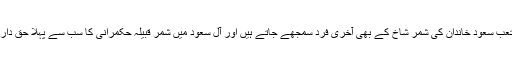
شہزادہ متعب سعود خاندان کی شمر شاخ کے بھی آخری فرد سمجھے جاتے ہیں اور آل سعود میں شمر قبیلہ حکمرانی کا سب سے پہلا حق دار ہوتا ہے۔